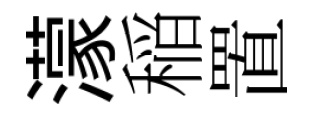
濛稲置